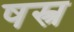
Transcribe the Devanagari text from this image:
षस्त्र